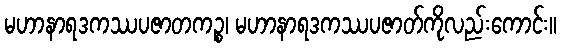
မဟာနာရဒကဿပဇာတကဉ္စ၊ မဟာနာရဒကဿပဇာတ်ကိုလည်းကောင်း။